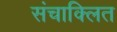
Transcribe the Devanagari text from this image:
संचाक्लित